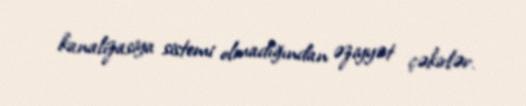
kanalizasiya sistemi olmadığından əziyyət çəkirlər.